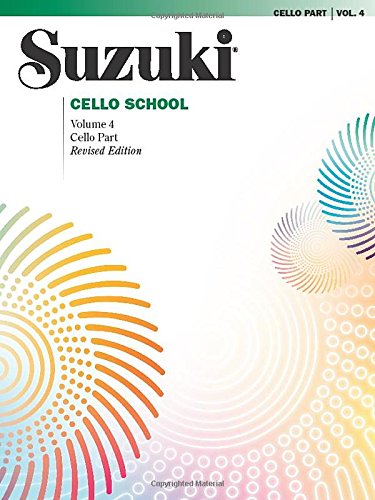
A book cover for Suzuki Cello School, Volume 4: Cello Part (Suzuki Method Core Materials); Alfred Publishing Staff; Arts & Photography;